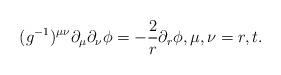
LaTeX: \begin{align*} (g^{-1})^{\mu\nu}\partial_\mu\partial_\nu\phi=-\frac{2}{r}\partial_r\phi,\textrm{$\mu,\nu=r,t$. }\end{align*}